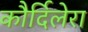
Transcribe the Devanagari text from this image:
कौर्दिलेरा